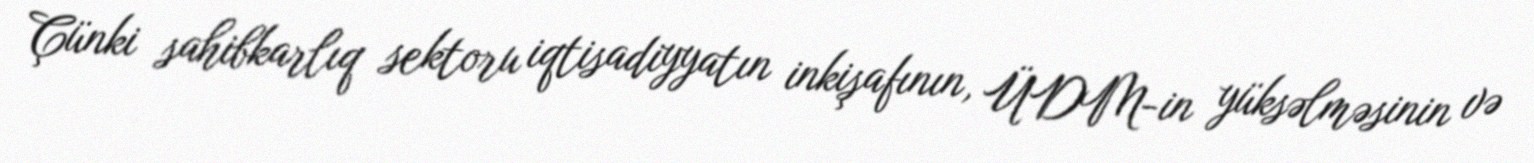
Çünki sahibkarlıq sektoru iqtisadiyyatın inkişafının, ÜDM-in yüksəlməsinin və